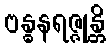
ဗန္ဓနရဇ္ဇုန္တိ